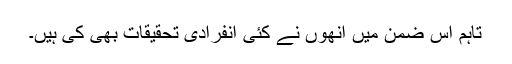
تاہم اس ضمن میں انھوں نے کئی انفرادی تحقیقات بھی کی ہیں۔